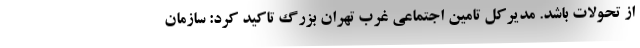
از تحولات باشد. مدیرکل تامین اجتماعی غرب تهران بزرگ تاکید کرد: سازمان